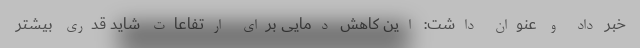
خبر داد و عنوان داشت: این کاهش دمایی برای ارتفاعات شاید قدری بیشتر